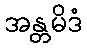
အန္တမိဒံ